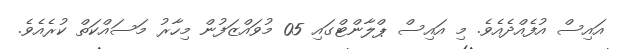
އައިސް އުފެއްދެއެވެ. މި އައިސް ޕްލާންޓްގައި 05 މުވައްޒަފުން މިހާރު މަސައްކަތް ކުރެއެވެ.